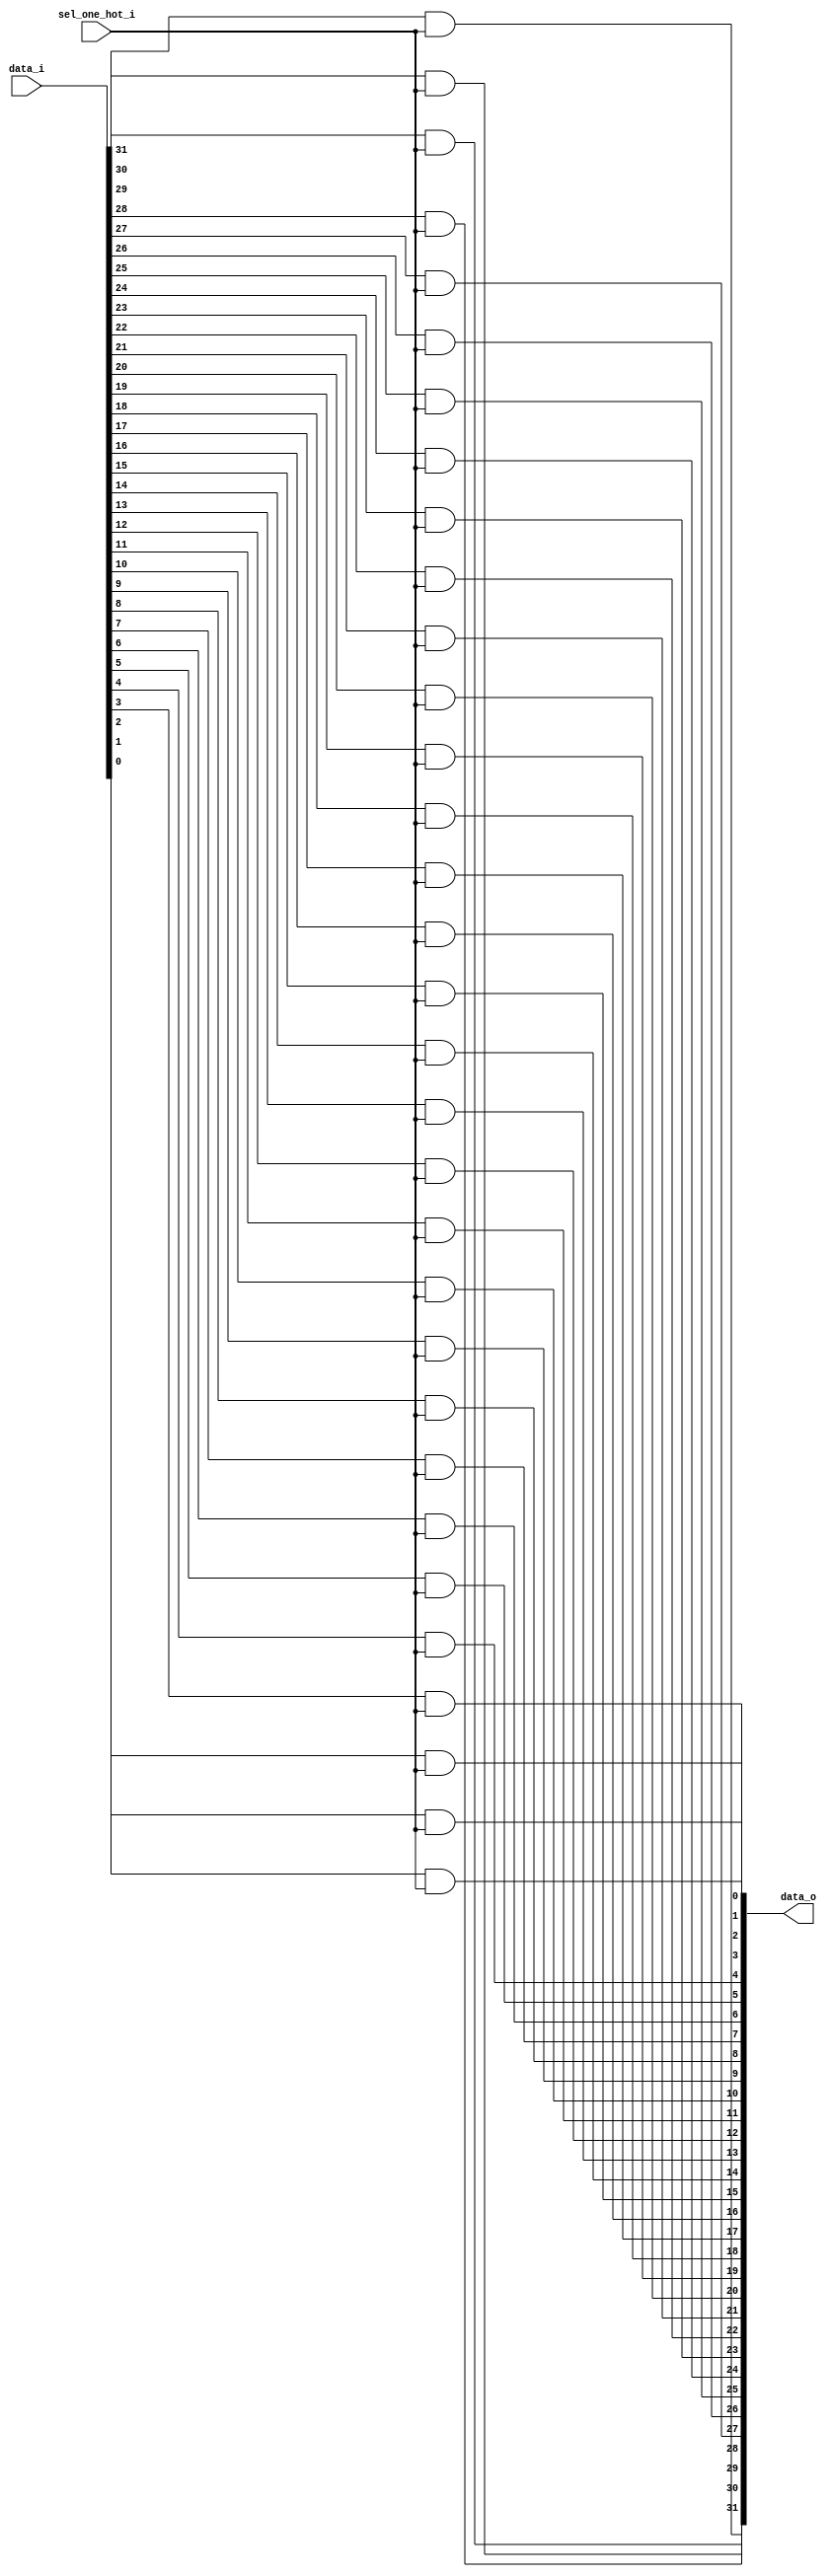
module bsg_mux_one_hot_width_p32_els_p1
(
  data_i,
  sel_one_hot_i,
  data_o
);

  input [31:0] data_i;
  input [0:0] sel_one_hot_i;
  output [31:0] data_o;
  wire [31:0] data_o;
  assign data_o[31] = data_i[31] & sel_one_hot_i[0];
  assign data_o[30] = data_i[30] & sel_one_hot_i[0];
  assign data_o[29] = data_i[29] & sel_one_hot_i[0];
  assign data_o[28] = data_i[28] & sel_one_hot_i[0];
  assign data_o[27] = data_i[27] & sel_one_hot_i[0];
  assign data_o[26] = data_i[26] & sel_one_hot_i[0];
  assign data_o[25] = data_i[25] & sel_one_hot_i[0];
  assign data_o[24] = data_i[24] & sel_one_hot_i[0];
  assign data_o[23] = data_i[23] & sel_one_hot_i[0];
  assign data_o[22] = data_i[22] & sel_one_hot_i[0];
  assign data_o[21] = data_i[21] & sel_one_hot_i[0];
  assign data_o[20] = data_i[20] & sel_one_hot_i[0];
  assign data_o[19] = data_i[19] & sel_one_hot_i[0];
  assign data_o[18] = data_i[18] & sel_one_hot_i[0];
  assign data_o[17] = data_i[17] & sel_one_hot_i[0];
  assign data_o[16] = data_i[16] & sel_one_hot_i[0];
  assign data_o[15] = data_i[15] & sel_one_hot_i[0];
  assign data_o[14] = data_i[14] & sel_one_hot_i[0];
  assign data_o[13] = data_i[13] & sel_one_hot_i[0];
  assign data_o[12] = data_i[12] & sel_one_hot_i[0];
  assign data_o[11] = data_i[11] & sel_one_hot_i[0];
  assign data_o[10] = data_i[10] & sel_one_hot_i[0];
  assign data_o[9] = data_i[9] & sel_one_hot_i[0];
  assign data_o[8] = data_i[8] & sel_one_hot_i[0];
  assign data_o[7] = data_i[7] & sel_one_hot_i[0];
  assign data_o[6] = data_i[6] & sel_one_hot_i[0];
  assign data_o[5] = data_i[5] & sel_one_hot_i[0];
  assign data_o[4] = data_i[4] & sel_one_hot_i[0];
  assign data_o[3] = data_i[3] & sel_one_hot_i[0];
  assign data_o[2] = data_i[2] & sel_one_hot_i[0];
  assign data_o[1] = data_i[1] & sel_one_hot_i[0];
  assign data_o[0] = data_i[0] & sel_one_hot_i[0];

endmodule